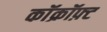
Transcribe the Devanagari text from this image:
कॉक्रॉफ़्ट